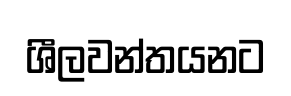
ශීලවන්තයනට